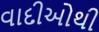
વાદીઓથી